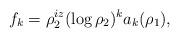
LaTeX: \begin{align*} f_k=\rho_2^{i z}(\log\rho_2)^k a_k(\rho_1), \end{align*}